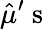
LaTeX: \hat{\mu}^{\prime}\mathrm{~s~}